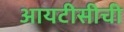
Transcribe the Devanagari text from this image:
आयटीसीची